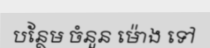
បន្ថែម ចំនួន ម៉ោង ទៅ